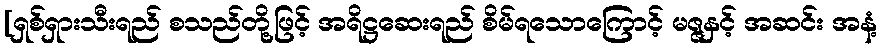
[ရှစ်ရှားသီးရည် စသည်တို့ဖြင့် အရိဋ္ဌဆေးရည် စိမ်ရသောကြောင့် မဇ္ဇနှင့် အဆင်း အနံ့